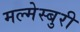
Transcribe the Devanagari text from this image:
मल्मेस्बुरी